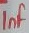
Text: 1nF